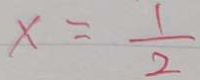
x = \frac { 1 } { 2 }